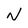
Character: N